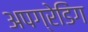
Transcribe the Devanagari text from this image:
अपग्रेडिंग